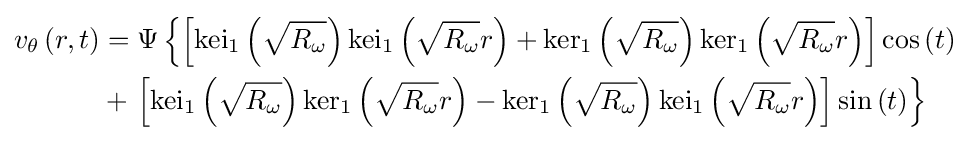
{\begin{aligned}v_{\theta }\left(r,t\right)&=\Psi \left\lbrace \left[{\textrm {kei}}_{1}\left({\sqrt {R_{\omega }}}\right){\textrm {kei}}_{1}\left({\sqrt {R_{\omega }}}r\right)+{\textrm {ker}}_{1}\left({\sqrt {R_{\omega }}}\right){\textrm {ker}}_{1}\left({\sqrt {R_{\omega }}}r\right)\right]\cos \left(t\right)\right.\\&+\left.\left[{\textrm {kei}}_{1}\left({\sqrt {R_{\omega }}}\right){\textrm {ker}}_{1}\left({\sqrt {R_{\omega }}}r\right)-{\textrm {ker}}_{1}\left({\sqrt {R_{\omega }}}\right){\textrm {kei}}_{1}\left({\sqrt {R_{\omega }}}r\right)\right]\sin \left(t\right)\right\rbrace \\\end{aligned}}